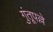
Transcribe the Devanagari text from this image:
गुंतूपल्ले